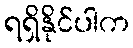
ရရှိနိုင်ပါက